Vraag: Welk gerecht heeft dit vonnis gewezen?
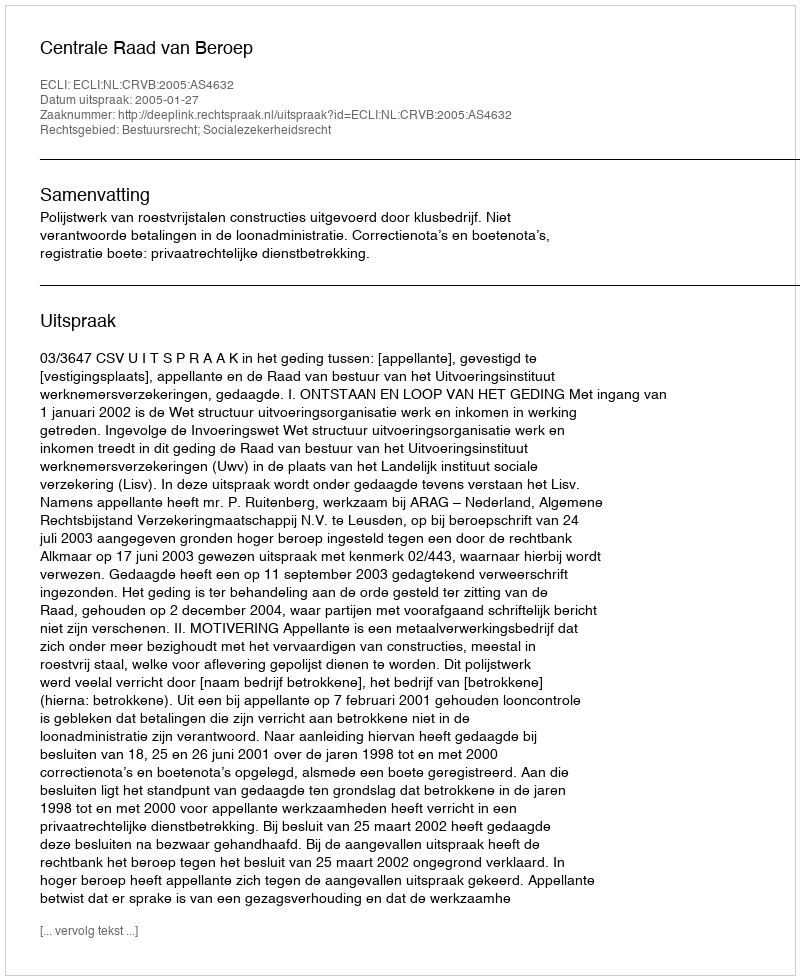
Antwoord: Centrale Raad van Beroep